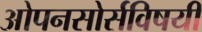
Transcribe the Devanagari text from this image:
ओपनसोर्सविषयी